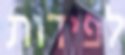
לפידות